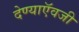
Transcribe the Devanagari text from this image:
देण्याऍवजी